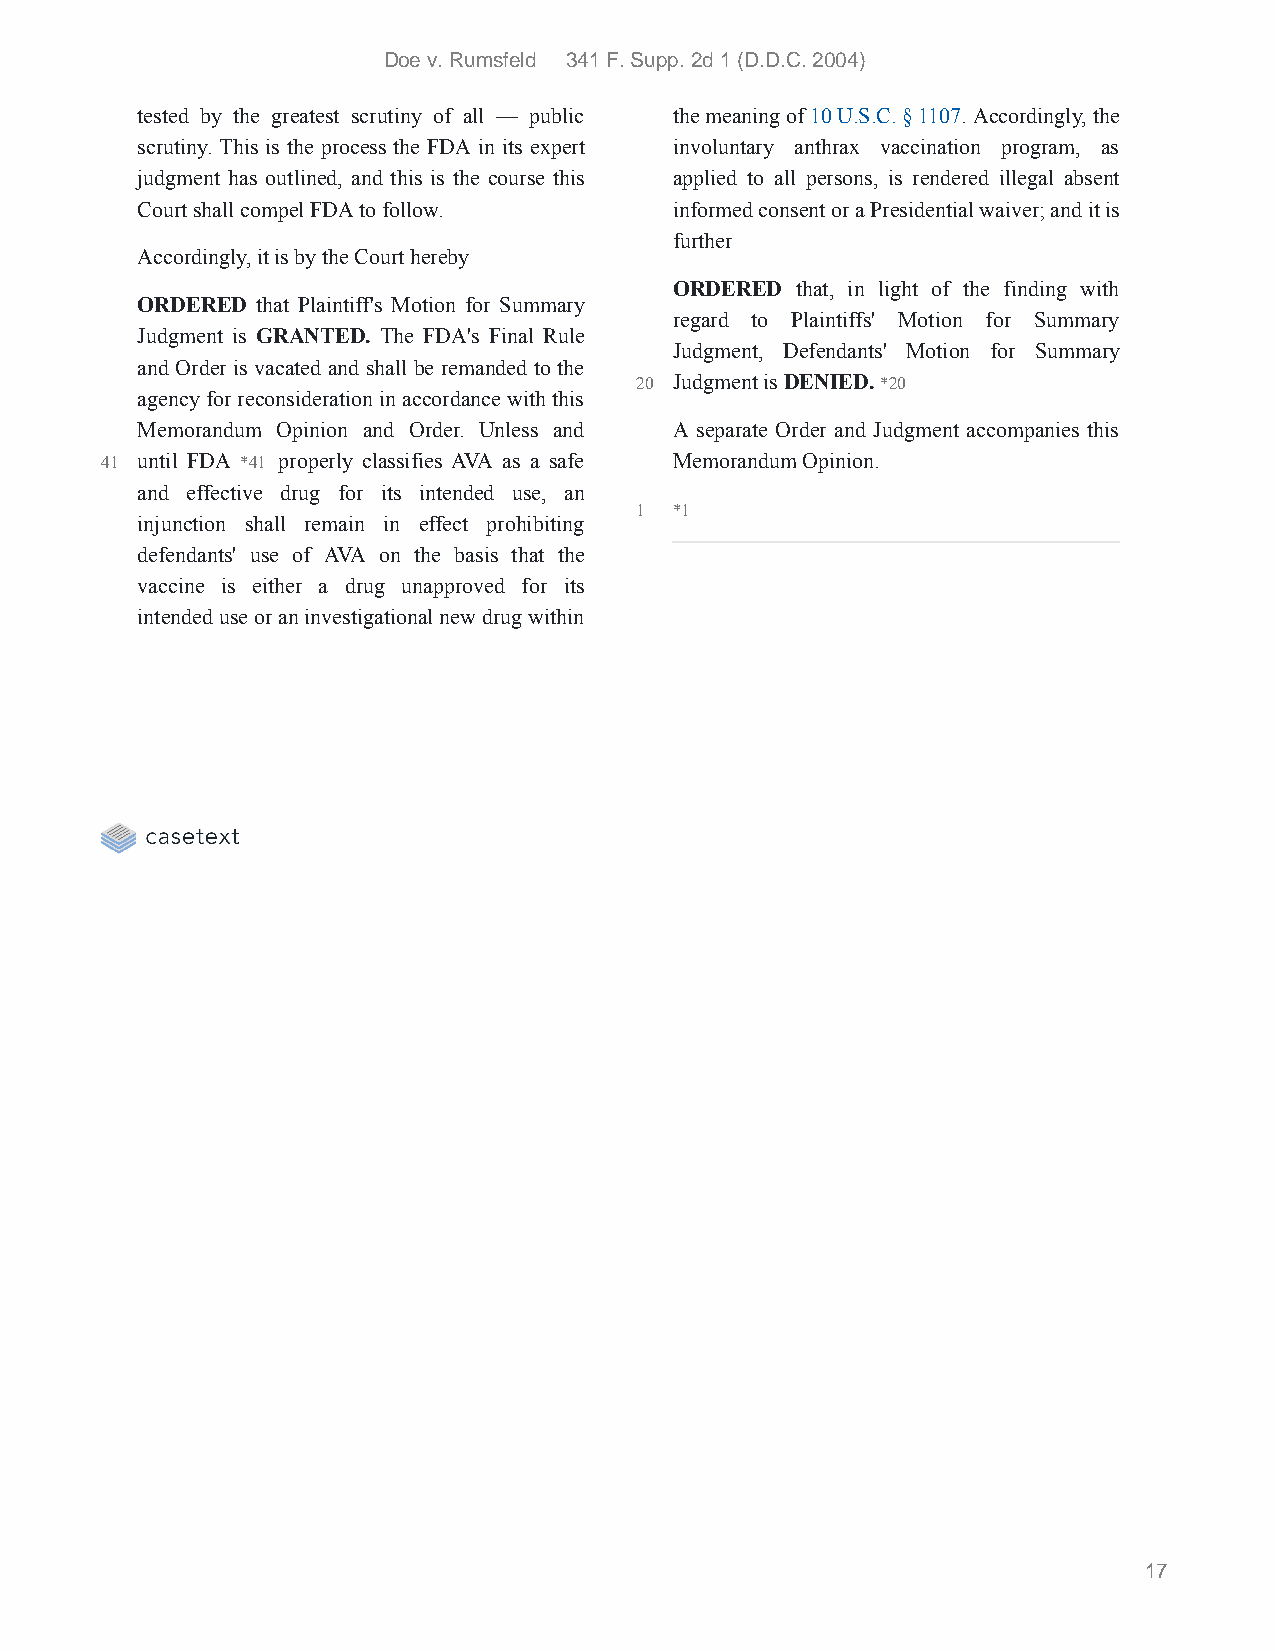
Doe v. Rumsfeld 341 F. Supp. 2d 1 (D.D.C. 2004)
 tested by the greatest scrutiny of all — public the meaning of 10 U.S.C. § 1107. Accordingly, the
 scrutiny. This is the process the FDA in its expert involuntary anthrax vaccination program, as
 judgment has outlined, and this is the course this applied to all persons, is rendered illegal absent
 Court shall compel FDA to follow.   informed consent or a Presidential waiver; and it is
 further
 Accordingly, it is by the Court hereby
 ORDERED that, in light of the finding with
 ORDERED that Plaintiff's Motion for Summary
 regard to Plaintiffs' Motion for Summary
 Judgment is GRANTED. The FDA's Final Rule
 Judgment, Defendants' Motion for Summary
 and Order is vacated and shall be remanded to the
 20 Judgment is DENIED. *20
 agency for reconsideration in accordance with this
 Memorandum Opinion and Order. Unless and A separate Order and Judgment accompanies this
 41 until FDA *41 properly classifies AVA as a safe Memorandum Opinion.
 and effective drug for its intended use, an
 1  *1
 injunction shall remain in effect prohibiting
 defendants' use of AVA on the basis that the
 vaccine is either a drug unapproved for its
 intended use or an investigational new drug within
 17